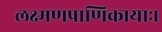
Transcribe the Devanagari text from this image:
लक्ष्मणप्राणिकायाः।